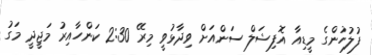
ފުލުހުންގެ މީޑިއާ އޮފިޝަލް ސަންއަށް ވިދާޅުވީ މިރޭ 2:30 ކަންހާއިރު މަޖީދީ މަގު